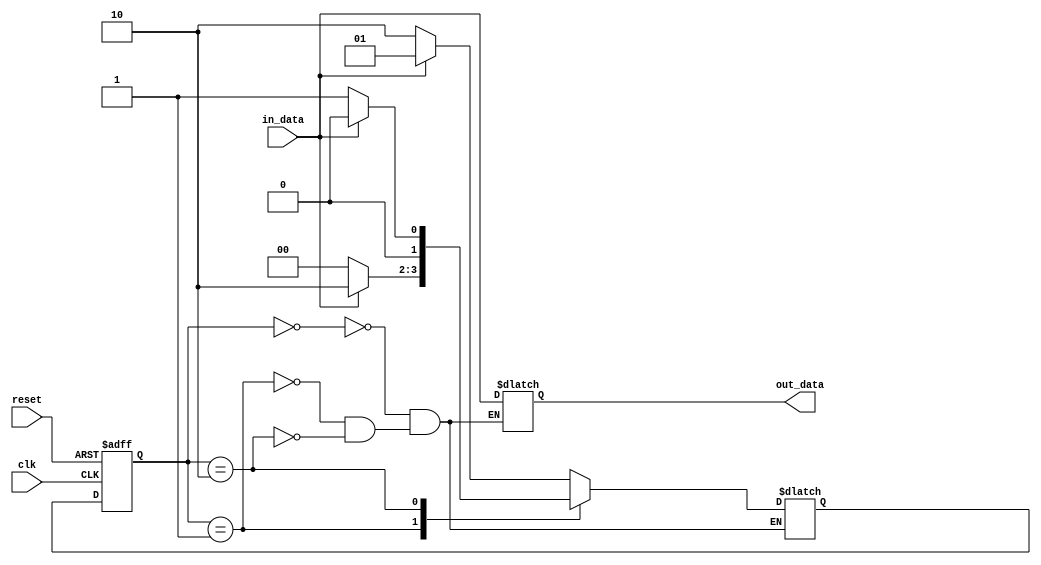
module Mealy_State_Machine (
    input wire clk,
    input wire reset,
    input wire in_data,
    output reg out_data
);

// Define states
parameter STATE_A = 2'b00;
parameter STATE_B = 2'b01;
parameter STATE_C = 2'b10;

// Define state register
reg [1:0] state_reg, next_state;

// Define output logic
always @ (state_reg or in_data) begin
    case (state_reg)
        STATE_A: begin
            out_data = in_data;
            next_state = in_data ? STATE_B : STATE_C;
        end
        STATE_B: begin
            out_data = in_data;
            next_state = in_data ? STATE_C : STATE_A;
        end
        STATE_C: begin
            out_data = in_data;
            next_state = in_data ? STATE_A : STATE_B;
        end
    endcase
end

// State transition
always @(posedge clk or posedge reset) begin
    if (reset) begin
        state_reg <= STATE_A;
    end else begin
        state_reg <= next_state;
    end
end

endmodule